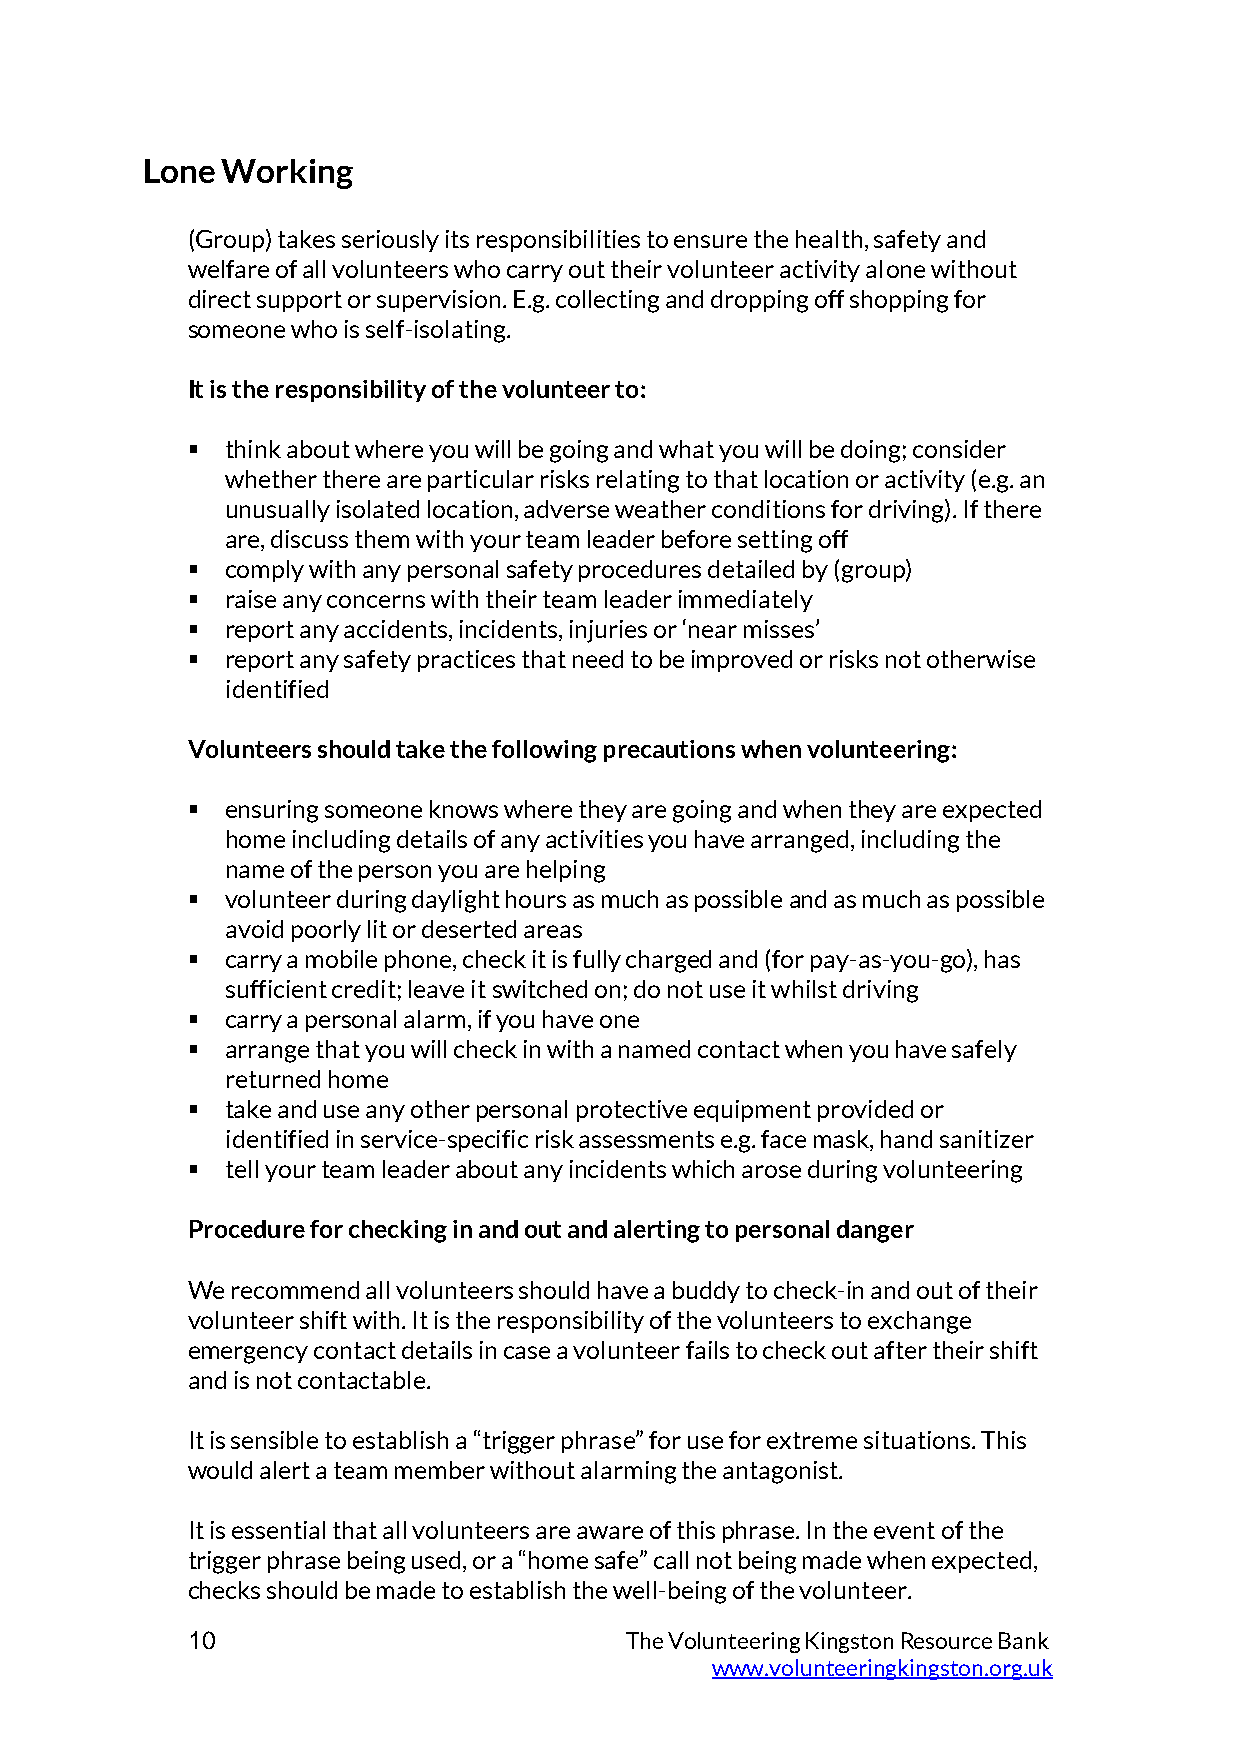
Lone  Working
 (Group) takes seriously its responsibilities to ensure the health, safety and
 welfare of all volunteers who carry out their volunteer activity alone without
 direct support or supervision. E.g. collecting and dropping off shopping for
 someone who is self-isolating.
 It is the responsibility of the volunteer to:
   think about where you will be going and what you will be doing; consider
 whether there are particular risks relating to that location or activity (e.g. an
 unusually isolated location, adverse weather conditions for driving). If there
 are, discuss them with your team leader before setting off
   comply with any personal safety procedures detailed by (group)
   raise any concerns with their team leader immediately
   report any accidents, incidents, injuries or ‘near misses’
   report any safety practices that need to be improved or risks not otherwise
 identified
 Volunteers should take the following precautions when volunteering:
   ensuring someone knows where they are going and when they are expected
 home including details of any activities you have arranged, including the
 name of the person you are helping
   volunteer during daylight hours as much as possible and as much as possible
 avoid poorly lit or deserted areas
   carry a mobile phone, check it is fully charged and (for pay-as-you-go), has
 sufficient credit; leave it switched on; do not use it whilst driving
   carry a personal alarm, if you have one
   arrange that you will check in with a named contact when you have safely
 returned home
   take and use any other personal protective equipment provided or
 identified in service-specific risk assessments e.g. face mask, hand sanitizer
   tell your team leader about any incidents which arose during volunteering
 Procedure for checking in and out and alerting to personal danger
 We recommend all volunteers should have a buddy to check-in and out of their
 volunteer shift with. It is the responsibility of the volunteers to exchange
 emergency contact details in case a volunteer fails to check out after their shift
 and is not contactable.
 It is sensible to establish a “trigger phrase” for use for extreme situations. This
 would alert a team member without alarming the antagonist.
 It is essential that all volunteers are aware of this phrase. In the event of the
 trigger phrase being used, or a “home safe” call not being made when expected,
 checks should be made to establish the well-being of the volunteer.
 10                           The Volunteering Kingston Resource Bank
 www.volunteeringkingston.org.uk